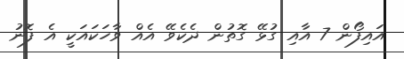
އައިފޯން 7 އާއި ގުޅޭ ގޮތުން ދެކެވޭ އެއް ވާހަކައަކީ އެ ފޮނު